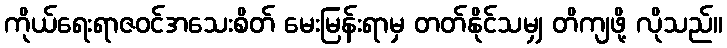
ကိုယ်ရေးရာဇဝင်အသေးစိတ် မေးမြန်းရာမှ တတ်နိုင်သမျှ တိကျဖို့ လိုသည်။